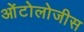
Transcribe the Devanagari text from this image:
ओंटोलोजीस